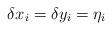
LaTeX: \begin{align*}\delta x_i = \delta y_i = \eta_i\end{align*}